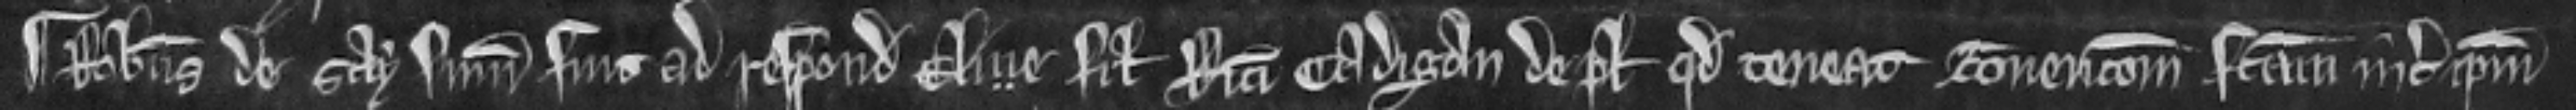
¶ Robertus de Say summonitus fuit ad respondendum Elie filio Ricardi Cadigan de placito quod teneat convencionem factam inter ipsum